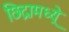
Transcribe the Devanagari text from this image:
छिद्रामध्य्रे